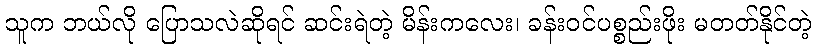
သူက ဘယ်လို ပြောသလဲဆိုရင် ဆင်းရဲတဲ့ မိန်းကလေး၊ ခန်းဝင်ပစ္စည်းဖိုး မတတ်နိုင်တဲ့